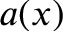
a ( x )